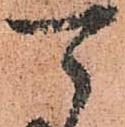
可